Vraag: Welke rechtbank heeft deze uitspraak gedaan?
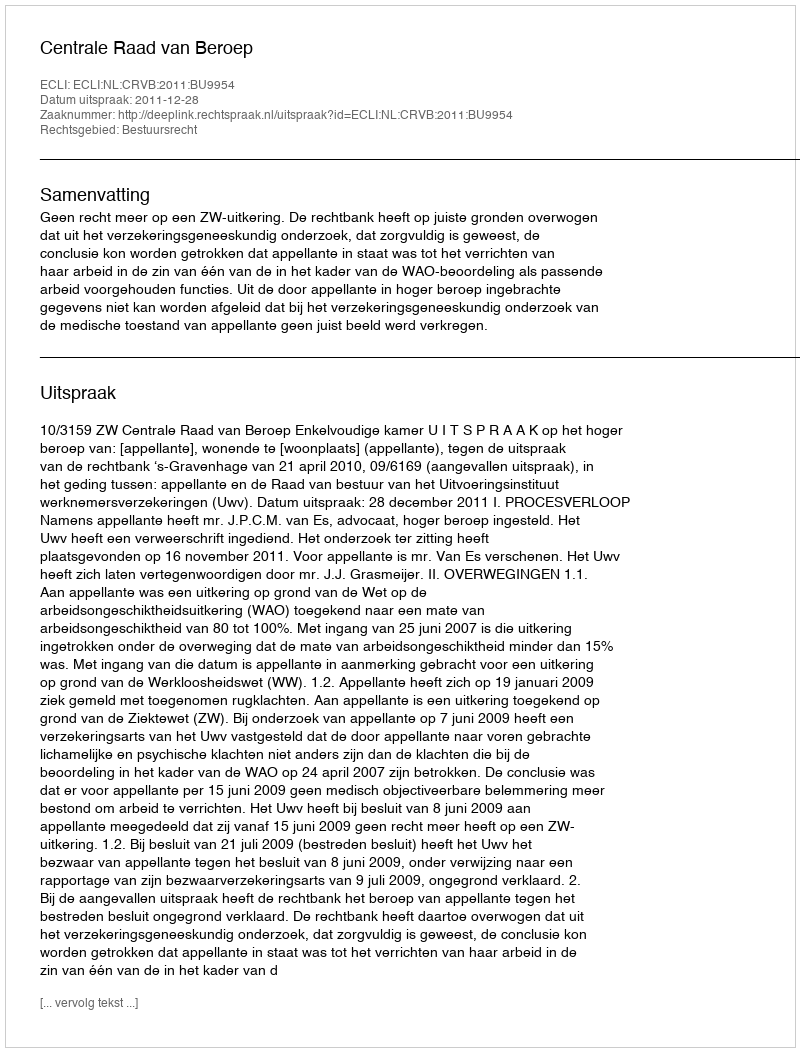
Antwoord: Centrale Raad van Beroep